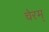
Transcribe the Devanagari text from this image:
चेरम्